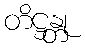
တိဋ္ဌန္တု